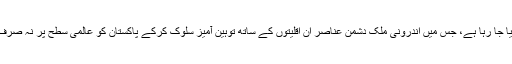
پاکستان کے اندر اِس وقت اقلیتوں کے ساتھ کیا جانے والا سلوک بھی عالمی میڈیا پر دکھایا جا رہا ہے، جس میں اندرونی ملک دشمن عناصر اِن اقلیتوں کے ساتھ توہین آمیز سلوک کرکے پاکستان کو عالمی سطح پر نہ صرف بدنام کر رہے ہیں بلکہ ایک کمزور اور ناکام ریاست کے طور پر پیش کرنا چاہتے ہیں۔